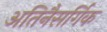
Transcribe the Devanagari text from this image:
अतिनैसर्गिक